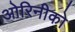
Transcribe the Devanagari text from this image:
ओरिनीको